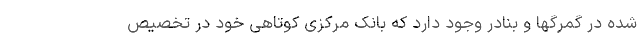
شده در گمرگها و بنادر وجود دارد که بانک مرکزی کوتاهی خود در تخصیص